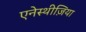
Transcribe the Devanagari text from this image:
एनेस्थीज़िया